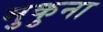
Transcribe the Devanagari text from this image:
मुकुना